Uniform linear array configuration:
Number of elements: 48
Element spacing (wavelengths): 0.5
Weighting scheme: kaiser
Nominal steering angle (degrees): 30
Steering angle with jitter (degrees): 30.232
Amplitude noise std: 0.05
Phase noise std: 0.05

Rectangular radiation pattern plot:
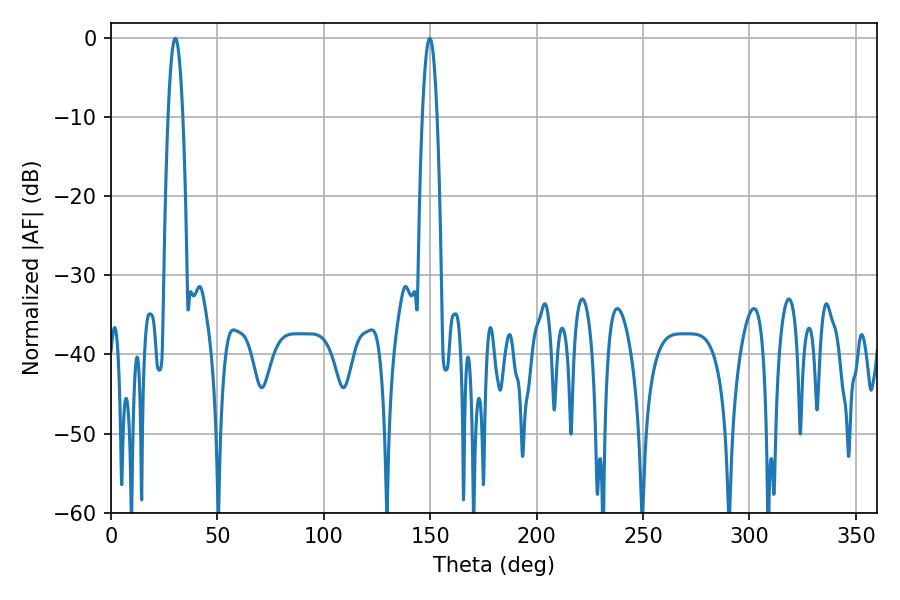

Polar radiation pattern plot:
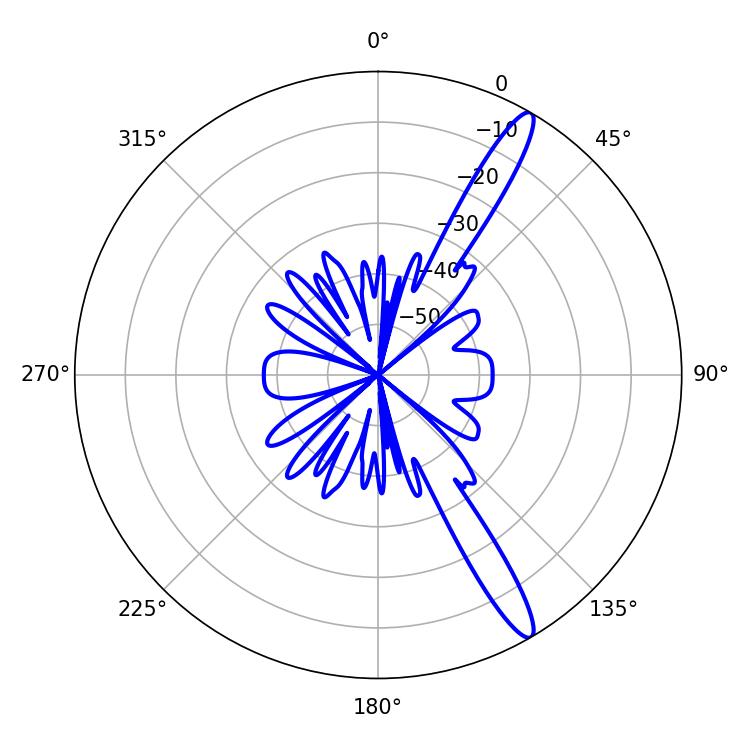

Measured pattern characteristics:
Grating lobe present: FALSE
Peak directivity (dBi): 14.381
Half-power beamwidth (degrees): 3.78
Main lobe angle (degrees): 30.24